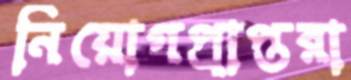
নিয়োগপ্রাপ্তরা